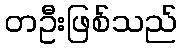
တဦးဖြစ်သည်